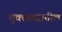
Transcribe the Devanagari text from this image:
मुक्तछंदातील